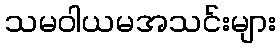
သမဝါယမအသင်းများ